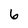
Character: 6